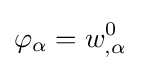
\varphi _{\alpha }=w_{,\alpha }^{0}